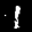
Digit: 1